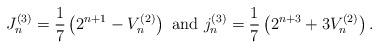
LaTeX: \begin{align*}J_{n}^{(3)}=\frac{1}{7}\left(2^{n+1}-V_{n}^{(2)}\right)\ \textrm{and}\ j_{n}^{(3)}=\frac{1}{7}\left(2^{n+3}+3V_{n}^{(2)}\right).\end{align*}